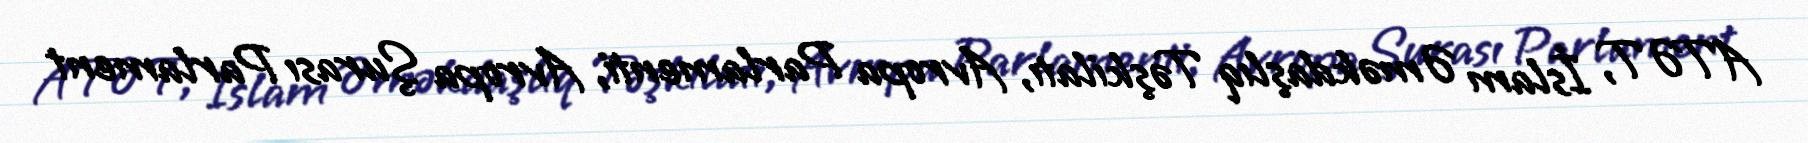
ATƏT, İslam Əməkdaşlıq Təşkilatı, Avropa Parlamenti, Avropa Şurası Parlament